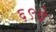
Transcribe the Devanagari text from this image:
६९वे